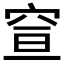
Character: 𥥣